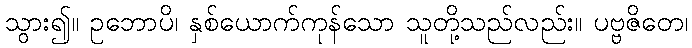
သွား၍။ ဥဘောပိ၊ နှစ်ယောက်ကုန်သော သူတို့သည်လည်း။ ပဗ္ဗဇိတေ၊